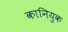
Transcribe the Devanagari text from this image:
कानियुक